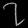
Digit: ၇